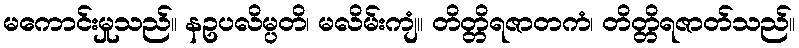
မကောင်းမှုသည်။ နဥပလိမ္ပတိ၊ မလိမ်းကျံ။ တိတ္တိရဇာတကံ၊ တိတ္တိရဇာတ်သည်။